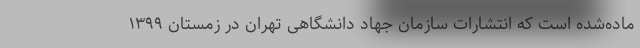
ماده‌شده است که انتشارات سازمان جهاد دانشگاهی تهران در زمستان ۱۳۹۹